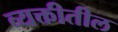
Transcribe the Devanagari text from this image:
व्यक्तीतील